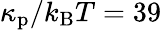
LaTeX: \kappa_{\mathrm{p}}/k_{\mathrm{B}}T=39